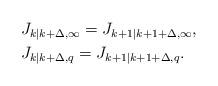
LaTeX: \begin{align*}&J_{k|k+\Delta,\infty}=J_{k+1|k+1+\Delta,\infty},\\&J_{k|k+\Delta,q}=J_{k+1|k+1+\Delta,q}.\end{align*}